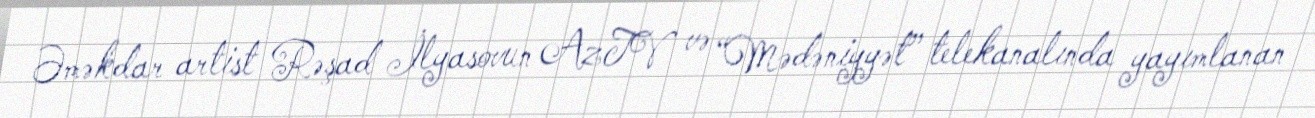
Əməkdar artist Rəşad İlyasovun AzTV və “Mədəniyyət” telekanalında yayımlanan